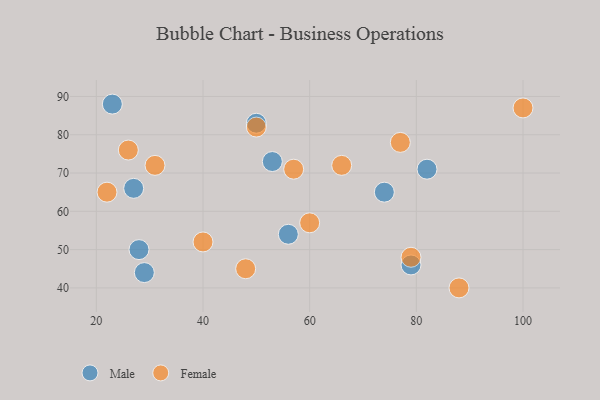
{"axis": {"x": "GDP", "y": "Life Expectancy"}, "legend": ["Female", "Male"], "data": [{"x": "29", "y": 44, "type": "Male"}, {"x": "56", "y": 54, "type": "Male"}, {"x": "53", "y": 73, "type": "Male"}, {"x": "28", "y": 50, "type": "Male"}, {"x": "82", "y": 71, "type": "Male"}, {"x": "27", "y": 66, "type": "Male"}, {"x": "74", "y": 65, "type": "Male"}, {"x": "50", "y": 83, "type": "Male"}, {"x": "23", "y": 88, "type": "Male"}, {"x": "79", "y": 46, "type": "Male"}, {"x": "79", "y": 48, "type": "Female"}, {"x": "57", "y": 71, "type": "Female"}, {"x": "48", "y": 45, "type": "Female"}, {"x": "66", "y": 72, "type": "Female"}, {"x": "26", "y": 76, "type": "Female"}, {"x": "40", "y": 52, "type": "Female"}, {"x": "88", "y": 40, "type": "Female"}, {"x": "60", "y": 57, "type": "Female"}, {"x": "31", "y": 72, "type": "Female"}, {"x": "50", "y": 82, "type": "Female"}, {"x": "100", "y": 87, "type": "Female"}, {"x": "22", "y": 65, "type": "Female"}, {"x": "77", "y": 78, "type": "Female"}]}